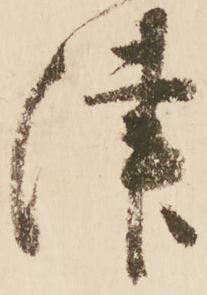
津